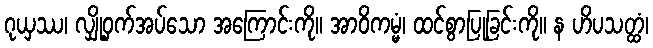
ဂုယှဿ၊ လျှို့ဝှက်အပ်သော အကြောင်းကို။ အာဝိကမ္မံ၊ ထင်စွာပြုခြင်းကို။ န ဟိပသတ္ထံ၊